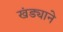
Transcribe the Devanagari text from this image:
खंड्याने